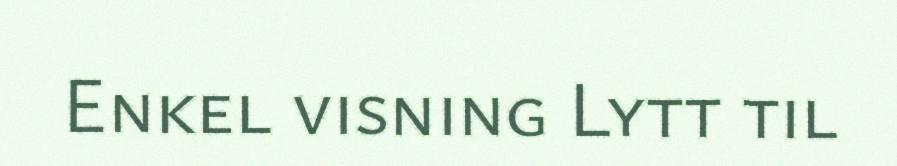
Enkel visning Lytt til